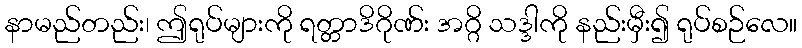
နာမည်တည်း၊ ဤရုပ်များကို ရတ္တာဒိဂိုဏ်း အဂ္ဂိ သဒ္ဒါကို နည်းမှီး၍ ရုပ်စဉ်လေ။